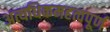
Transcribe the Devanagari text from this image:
अत्यधिकमहत्वपूर्ण